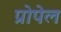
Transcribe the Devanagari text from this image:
प्रोपेल